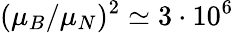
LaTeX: (\mu_{B}/\mu_{N})^{2}\simeq 3\cdot 10^{6}